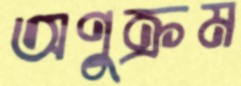
অণুক্রম